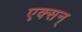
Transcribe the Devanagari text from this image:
एक्सन्